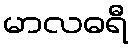
မာလဓရီ